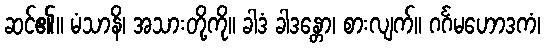
ဆင်၏။ မံသာနိ၊ အသားတို့ကို။ ခါဒံ ခါဒန္တော၊ စားလျက်။ ဂင်္ဂမဟောဒကံ၊